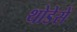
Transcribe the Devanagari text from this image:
थोडेसें